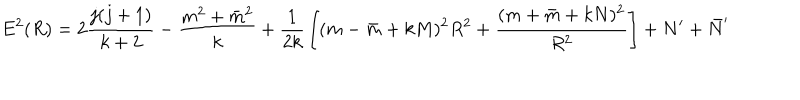
E ^ { 2 } ( R ) = 2 { \frac { j ( j + 1 ) } { k + 2 } } - { \frac { m ^ { 2 } + \bar { m } ^ { 2 } } { k } } + { \frac { 1 } { 2 k } } \left[ ( m - \bar { m } + k M ) ^ { 2 } R ^ { 2 } + { \frac { ( m + \bar { m } + k N ) ^ { 2 } } { R ^ { 2 } } } \right] + N ^ { \prime } + \bar { N } ^ { \prime }